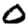
Digit: 0